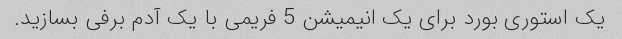
یک استوری بورد برای یک انیمیشن 5 فریمی با یک آدم برفی بسازید.